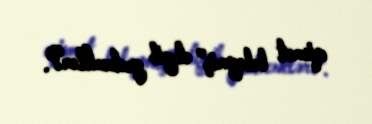
qismət beləymiş” deyib gedəcəklər?.